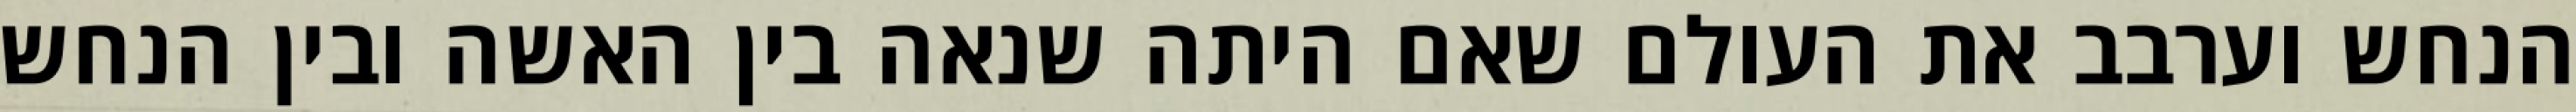
הנחש וערבב את העולם שאם היתה שנאה בין האשה ובין הנחש